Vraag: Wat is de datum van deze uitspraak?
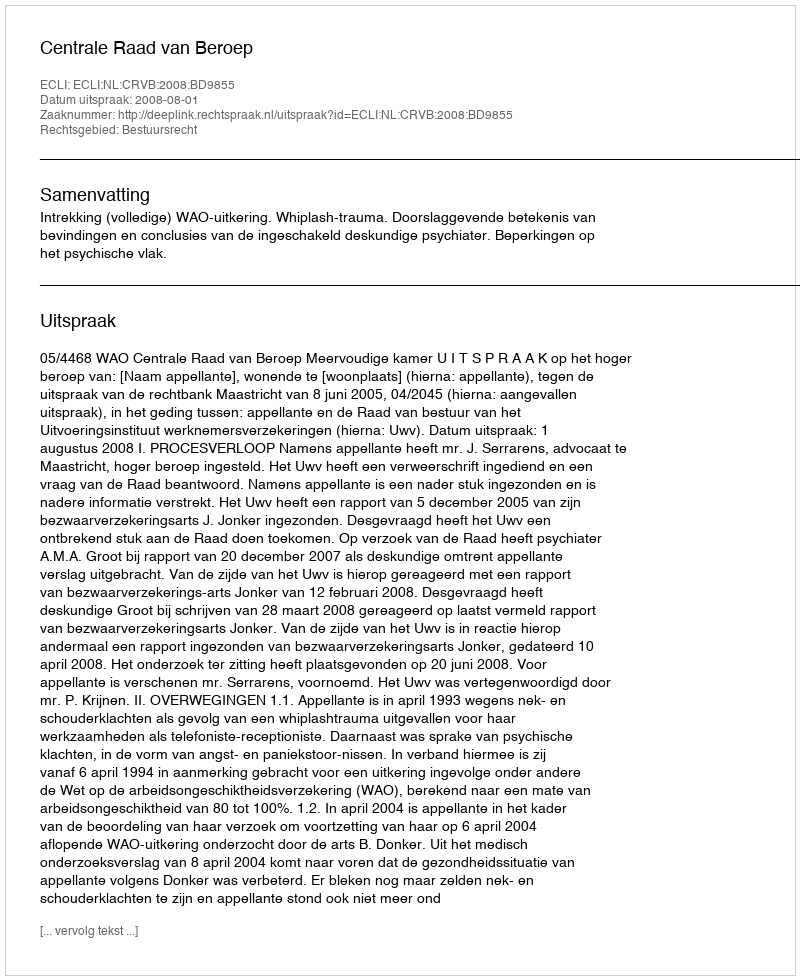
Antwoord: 2008-08-01